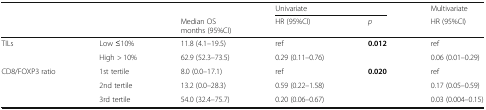
<table><thead><tr><td rowspan="2"></td><td rowspan="2"></td><td></td><td colspan="2"><b>Univariate</b></td><td><b>Multivariate</b></td></tr><tr><td><b>Median OSmonths (95%CI)</b></td><td><b>HR (95%CI)</b></td><td><b><i>p</i></b></td><td><b>HR (95%CI)</b></td></tr></thead><tbody><tr><td rowspan="2">TILs</td><td>Low ≤10%</td><td>11.8 (4.1–19.5)</td><td>ref</td><td rowspan="2"><b>0.012</b></td><td>ref</td></tr><tr><td>High &gt; 10%</td><td>62.9 (52.3–73.5)</td><td>0.29 (0.11–0.76)</td><td>0.06 (0.01–0.29)</td></tr><tr><td rowspan="3">CD8/FOXP3 ratio</td><td>1st tertile</td><td>8.0 (0.0–17.1)</td><td>ref</td><td rowspan="3"><b>0.020</b></td><td>ref</td></tr><tr><td>2nd tertile</td><td>13.2 (0.0–28.3)</td><td>0.59 (0.22–1.58)</td><td>0.17 (0.05–0.59)</td></tr><tr><td>3rd tertile</td><td>54.0 (32.4–75.7)</td><td>0.20 (0.06–0.67)</td><td>0.03 (0.004–0.15)</td></tr></tbody></table>